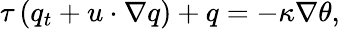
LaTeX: \tau\left(q_{t}+u\cdot\nabla q\right)+q=-\kappa\nabla\theta,